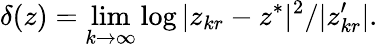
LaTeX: \delta(z)=\operatorname*{lim}_{k\to\infty}\log|z_{kr}-z^{*}|^{2}/|z_{kr}^{\prime}|.